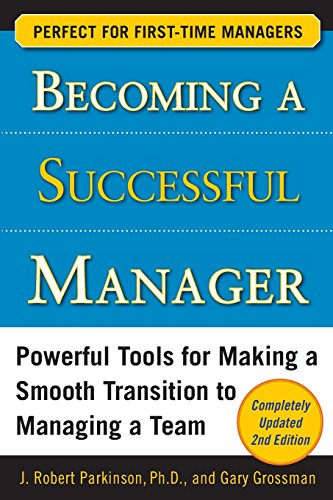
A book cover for Becoming a Successful Manager, Second Edition; J. Robert Parkinson; Business & Money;